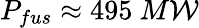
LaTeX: P_{fus}\approx495~M\mathcal{W}